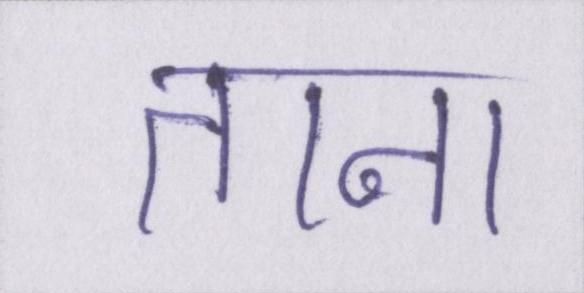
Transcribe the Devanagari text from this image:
ताना